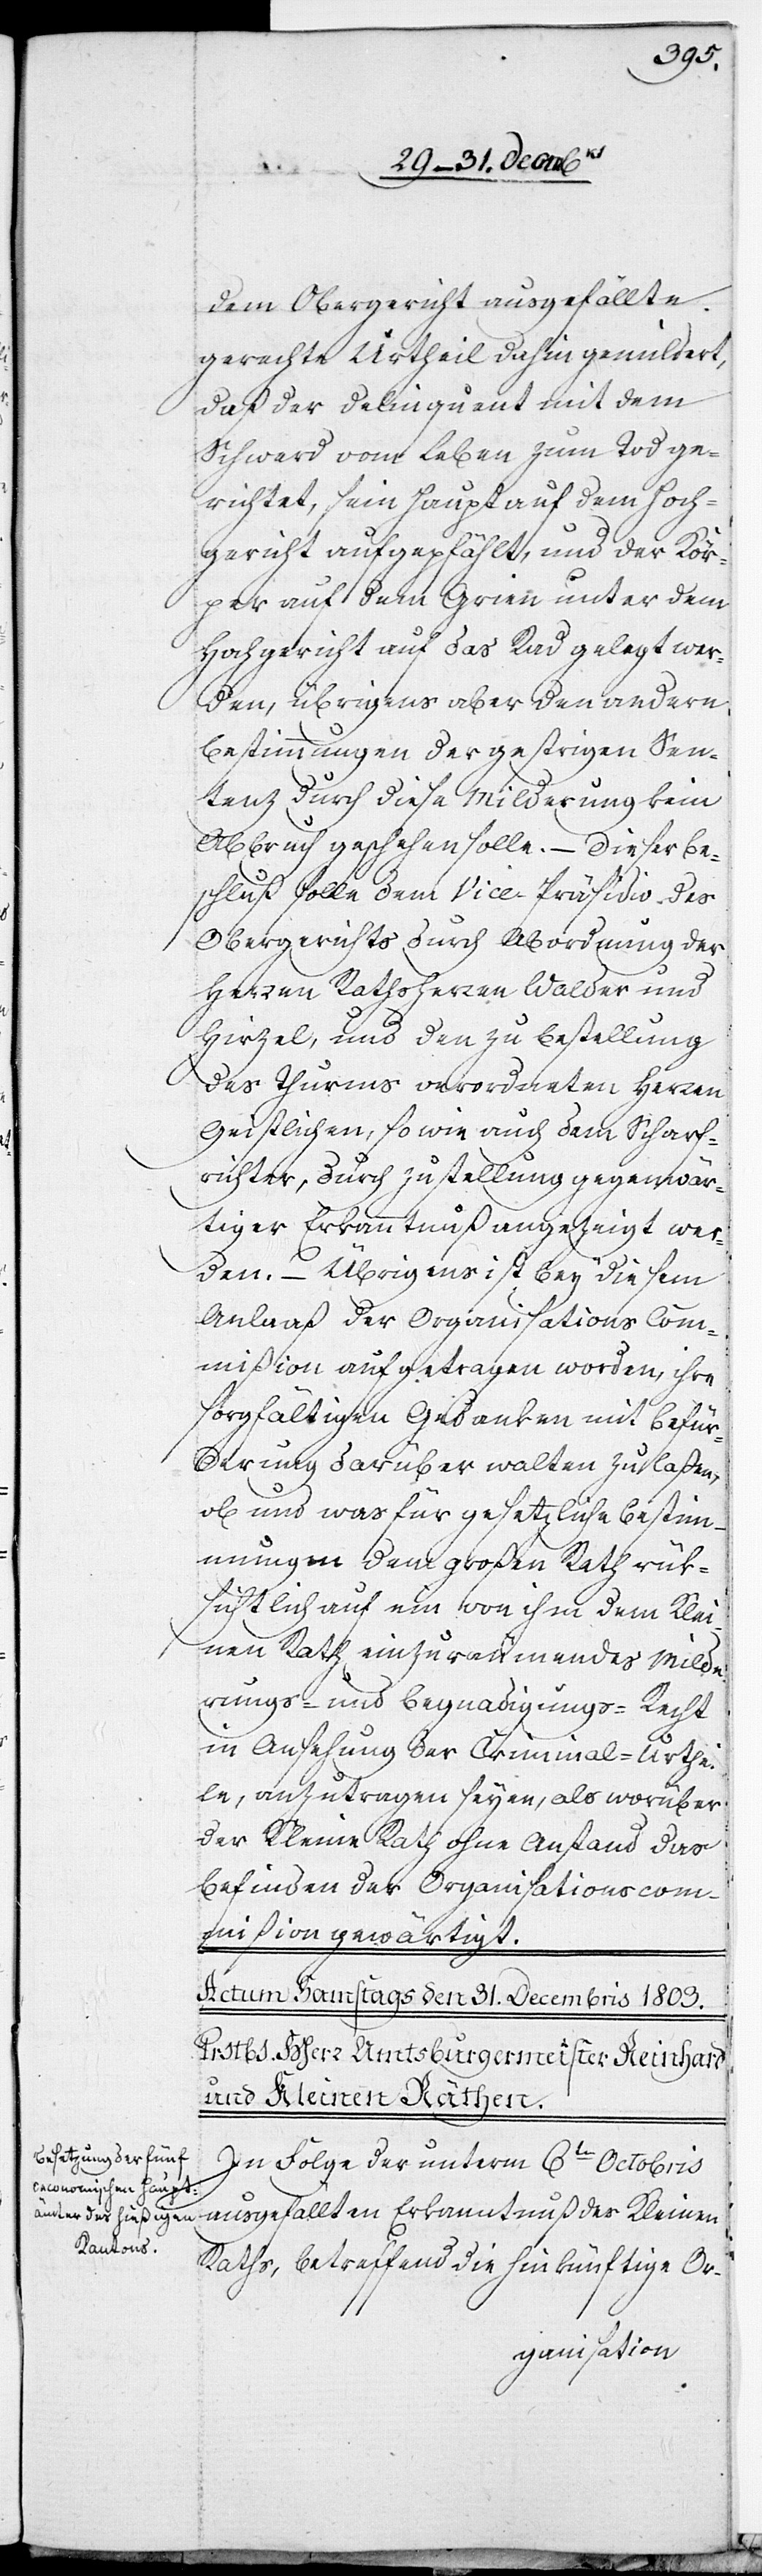
dem Obergericht ausgefällte
gerechte Urtheil dahin gemildert,
daß der Delinquent mit dem
Schwerd [sic!] vom Leben zum Tod ge¬
richtet, sein Haupt auf dem Hoch¬
gericht aufgepfählt, und der Kör¬
per auf dem Grien unter dem
Hochgericht auf das Rad gelegt wer¬
den, übrigens aber den andern
Bestimmungen der gestrigen Sen¬
tenz durch diese Milderung kein
Abbruch geschehen solle. – Dieser Be¬
schluß solle dem Vice[-]Präsidio des
Obergerichts durch Abordnung der
Herren Rathsherren Walder und
Hirzel, und den zu Bestellung
des Thurms verordneten Herren
Geistlichen, so wie auch dem Scharf¬
richter, durch Zustellung gegenwär¬
tiger Erkanntnuß angezeigt wer¬
den. – Übrigens ist bey diesem
Anlaaß der Organisations[-]Com¬
mißion aufgetragen worden, ihre
sorgfältigen Gedanken mit Befürd¬
erung darüber walten zu laßen,
ob und was für gesetzliche Bestim¬
mungen dem großen Rath rük¬
sichtlich auf ein von ihm dem Klei¬
nen Rath einzuräumendes Milde¬
rungs- und Begnadigungs-Recht
in Ansehung der Criminal-Urthei¬
le, anzutragen seyen, als worüber
der Kleine Rath ohne Anstand das
Befinden der Organisationscom¬
mißion gewärtigt.
In Folge der unterm 6ten Octobris
Raths, betreffend die hinkünftige Or-